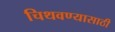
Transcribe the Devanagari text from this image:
चिथवण्यासाठी